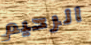
الرحيم